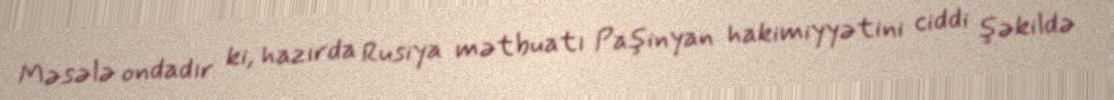
Məsələ ondadır ki, hazırda Rusiya mətbuatı Paşinyan hakimiyyətini ciddi şəkildə